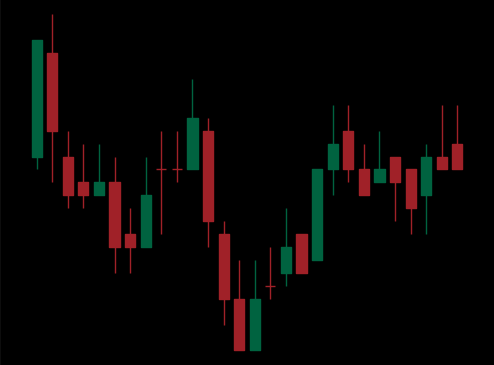
Pattern: inverse_head_shoulders